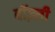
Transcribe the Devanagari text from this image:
बॉज़्ली